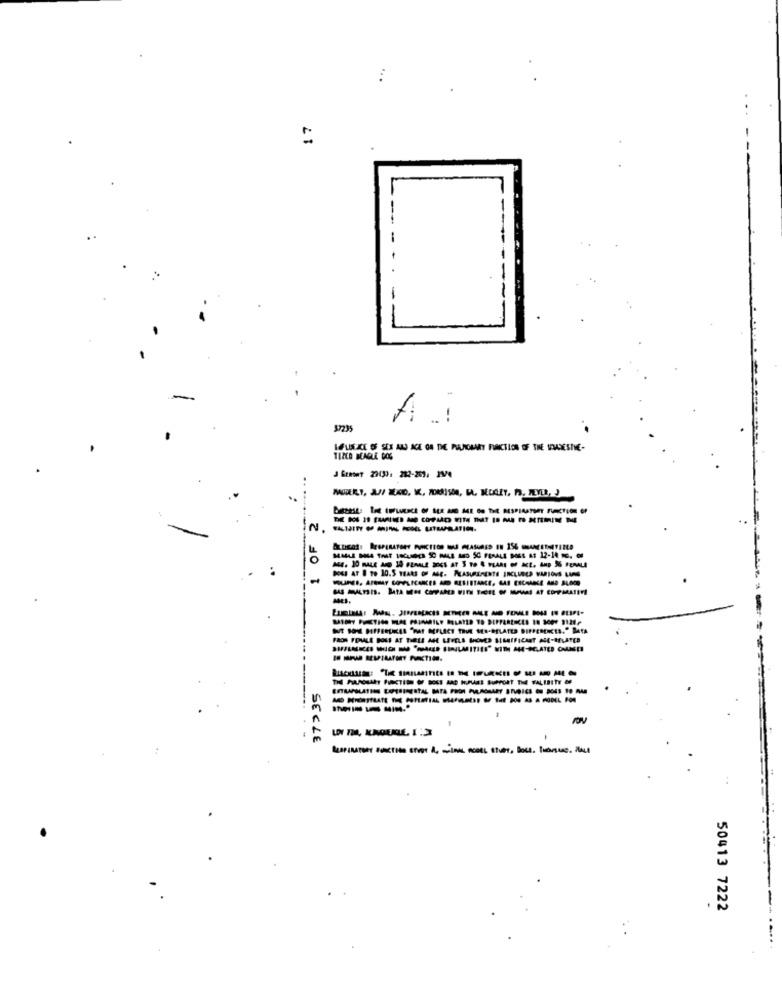
17
1
57235
1 OF
FRON FORMALE BOLS AT THREE ASE LEVELS GHONES SIGNIFICANT ARE-RELATED
---------
-----
SECLE
50413 7222